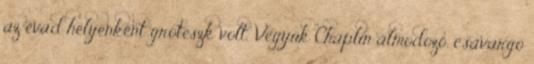
az évad helyenként groteszk volt. Vegyük Chaplin álmodozó, csavargó